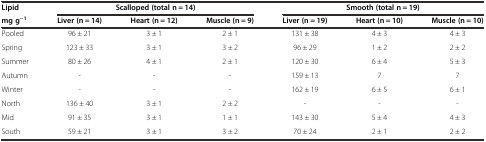
<table><thead><tr><td><b>Lipid</b></td><td colspan="3"><b>Scalloped (total n = 14)</b></td><td colspan="3"><b>Smooth (total n = 19)</b></td></tr><tr><td><b>mg g<sup>−1</sup></b></td><td><b>Liver (n = 14)</b></td><td><b>Heart (n = 12)</b></td><td><b>Muscle (n = 9)</b></td><td><b>Liver (n = 19)</b></td><td><b>Heart (n = 10)</b></td><td><b>Muscle (n = 10)</b></td></tr></thead><tbody><tr><td>Pooled</td><td>96 ± 21</td><td>3 ± 1</td><td>2 ± 1</td><td>131 ± 38</td><td>4 ± 3</td><td>4 ± 3</td></tr><tr><td>Spring</td><td>123 ± 33</td><td>3 ± 1</td><td>3 ± 2</td><td>96 ± 29</td><td>1 ± 2</td><td>2 ± 2</td></tr><tr><td>Summer</td><td>80 ± 26</td><td>4 ± 1</td><td>2 ± 1</td><td>120 ± 30</td><td>6 ± 4</td><td>5 ± 3</td></tr><tr><td>Autumn</td><td>-</td><td>-</td><td>-</td><td>159 ± 13</td><td>7</td><td>7</td></tr><tr><td>Winter</td><td>-</td><td>-</td><td>-</td><td>162 ± 19</td><td>6 ± 5</td><td>6 ± 1</td></tr><tr><td>North</td><td>136 ± 40</td><td>3 ± 1</td><td>2 ± 2</td><td>-</td><td>-</td><td>-</td></tr><tr><td>Mid</td><td>91 ± 35</td><td>3 ± 1</td><td>1 ± 1</td><td>143 ± 30</td><td>5 ± 4</td><td>4 ± 3</td></tr><tr><td>South</td><td>59 ± 21</td><td>3 ± 1</td><td>3 ± 2</td><td>70 ± 24</td><td>2 ± 1</td><td>2 ± 2</td></tr></tbody></table>